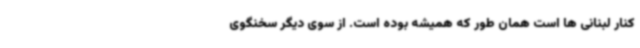
کنار لبنانی ها است همان طور که همیشه بوده است. از سوی دیگر سخنگوی